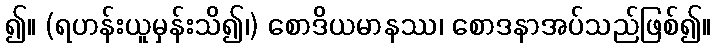
၍။ (ရဟန်းယူမှန်းသိ၍၊) စောဒိယမာနဿ၊ စောဒနာအပ်သည်ဖြစ်၍။